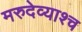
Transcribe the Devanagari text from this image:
मरुदेव्याश्च